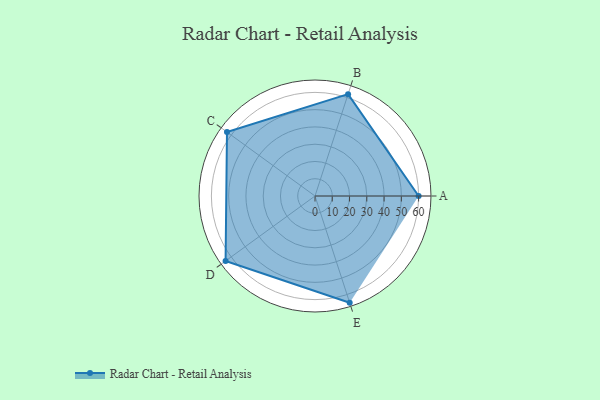
{"axis": {"x": "Skill", "y": "Score"}, "legend": ["Profile"], "data": [{"x": "A", "y": 60.0, "type": "Profile"}, {"x": "B", "y": 62.0, "type": "Profile"}, {"x": "C", "y": 63.0, "type": "Profile"}, {"x": "D", "y": 64.0, "type": "Profile"}, {"x": "E", "y": 65.0, "type": "Profile"}]}